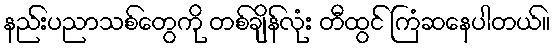
နည်းပညာသစ်တွေကို တစ်ချိန်လုံး တီထွင် ကြံဆနေပါတယ်။